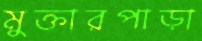
মুক্তারপাড়া